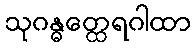
သုဂန္ဓတ္ထေရဂါထာ